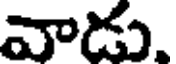
వాడు,